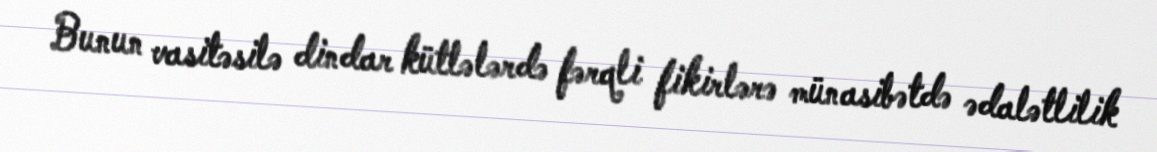
Bunun vasitəsilə dindar kütlələrdə fərqli fikirlərə münasibətdə ədalətlilik